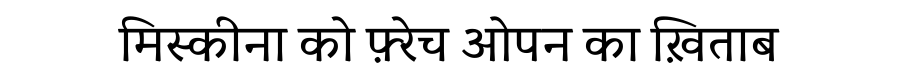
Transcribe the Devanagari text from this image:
मिस्कीना को फ़्रेच ओपन का ख़िताब